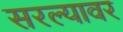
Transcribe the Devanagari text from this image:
सरल्यावर